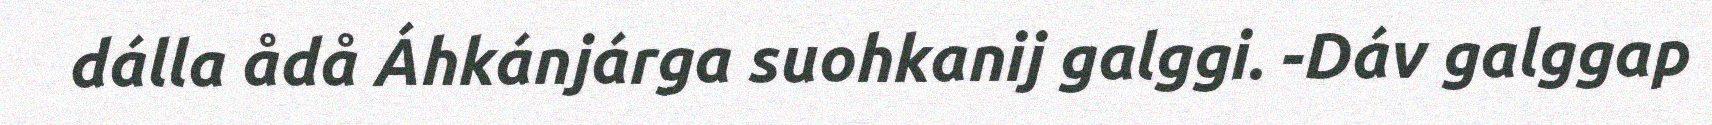
dálla ådå Áhkánjárga suohkanij galggi. -Dáv galggap